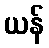
ယန်